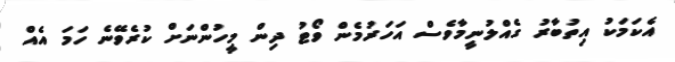
އެކަމަކު އިތުބާރު ގެއްލުނީމާވެސް އަހަރުމެން ވޯޓު ދިން މީހުންނަށް ކުރެވޭނެ ހަމަ އެއް